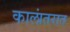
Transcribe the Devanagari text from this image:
कालांतरात